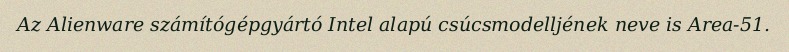
Az Alienware számítógépgyártó Intel alapú csúcsmodelljének neve is Area-51.